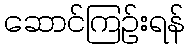
ဆောင်ကြဉ်းရန်